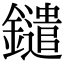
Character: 鑓